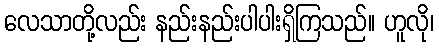
လေသာတို့လည်း နည်းနည်းပါပါးရှိကြသည်။ ဟူလို၊